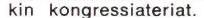
kin kongressiateriat.